Senior Leaving Certificate Examination (including Day School Certificate (Higher) General paper), 1950
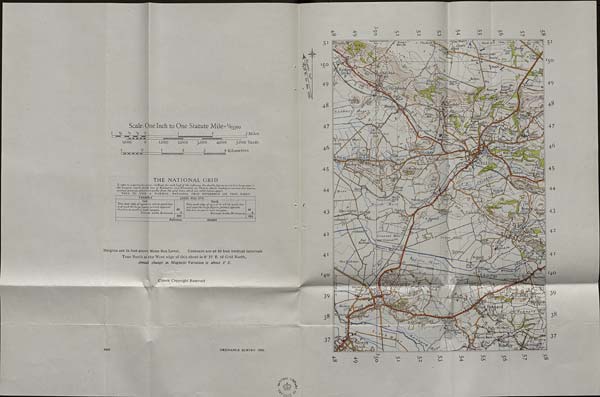
I
t
Scale: One Inch to One Statute Mile= V^eo
‘A V 4 0
i
2
3 Miles
^
—
i,ooo
o
1,000
2,000
3,000
4,000
3,000 Yards
1
0
I
2
3
4 Kilometres
I H M M H M
l—~
j
I
I
THE NATIONAL GRID
To refer to a particular pointf 1) Read for each half()f the reference the double figures printed in large type in
the margins, which denote tens of Kilometres and Kilometres. (2) Then,to obtain reading to nearest 100 metres,
estimate position of point in tenths from the grid lines, which are JOOO metres apart.
THUS TO GIVE A NORMAL 'NATIONAL GRID REFERENCE ON THIS SHEET.
EXAMPLE
East
Take west edge of square in which point lies
and read the largefigures printed opposite
this line on north or south margins.
Estimate tenths Eastwards
LODGE HILL STA.
49
499
North
Take south edge of square in which point lies
and read the largefigures printed opposite
this line on east or west margins.
Estimate tenths Northwards
48
484
Reference
499484
Heights are in feet above Mean Sea Level.
Contours are at 50 feet vertical intervals
True North at the West edge of this sheet is 0° 35' E. of Grid North,
Annual change in Magnetic Variation is about 8' E.
Crown Copyright Reserved
3438
ORDNANCE SURVEY 1950.
■4^
OO
CsO
CM
CM
CM
CM
Cm
4^
Cm
Cm
CM
CM
Cm
O
oc
'■ '4
t Water'.
5 1
nesrourj Deacon
‘^ong
S/oclt Hill •' •944
51
The Batchfi. InrtA
892
35arroto
ivtiHefir y,\
/ nrafcn u'
~ *vA
Iltpulj ‘s
:
' :Tower\\ (T "if-
; Hill
Lo—, .
nters Lodde
Green
dumul
I \ >
x JN,
* : r::& >
ffiimuli
«71
5°
4 o i
IS 3
855
Rodiiew
& l>
Stole
:
P
Qhimulus
(| 1 S
.• -■ Higher
\\V[
^
Plus F
864
'■ Maher
49
49
umuli ^
•75°
xlhf
TlLODG HILL STA.
48
Prior',
48
lEhbo
e s
is
ytc
£1 V ViX"
/ I Know!
; :;.j
^vm:; V W?
(Vi).. ! ' ^ )Shortwood... ' ' ' .ill- ; ' /'T
.Id
i - ' A
i c/ iNW X
: (S/
ilton
: Ah
Ford
WOOKEY STAytxfZ
Knowlevv''Moor
Hill
‘ 1 SjaL/i^^LHavbridgr*!*
t
.^Llnn ^ '
inMil T-
jL - / t^O"
sTiv
t°^rt
1 i.
Lem- v ^
mv. r/u
LLS
•S'
; SharcdmoAMi
Insi
45
s%.
Hay
/Si&teVL'f, //
''Jf
.BafllehuryV' ' -. Coxlev IS
coxtey
r3> wiA
4V /-■ ’
^®r®ro9i
Hum
44
*- - ■''f/fCastle
Wellesley
M o or
1 /(O
Coxli
Fenny Castle dfHi/l \V. fWe/shur
Moor*.
A-.
elsbi
V>
43
Polsh
Uflper Gadawl Gar&dt
43
WHmers
O
0 Launchefk
33:
ittster
fr^pKeenfirfl \
odneyP v
.4 ! N
fffowerCranriel Ff X
' t&Soutfi wa
rv^Batch
^4 At
A
ezns S edge Mvoor
42
\ t Crannel Maori
East A, . 'SdJppgrCrannelF 1 ? 1 H
Backw^ar%U
\
^
Hartlake
)Ba rf-g
1
wick FV
—1-\ JTinhdx, use
41
C' rn
/ !
4 1
lo
IVei/ Backwear
<S- . <
4/0 oT 3
o\x c
IVhTFehxke ^ White fake &
40
rindham
}l7riT'y^^&^P'J t TlC 1
A/o” *=* s! ’
' • « : ^ :
r 40
AV/h /nn v
' EST PE
Laurel \
iStree
j North
•|pN^^^Y§f?W^^A'3rtvood’/' A~
# V
css
r\ S-4-,
39
anor.F'A
39
U:\328
bScya :
.'Beokerv U,
ar
es
a'r-J'Wn 394 38
A 36
6-"
38
• 44
muoiyn. n
OSp:
( EiJqaHev
Hti
,__A<^^cmfcrs
5° Ziuti -. j.
Cow Br
'X 1 laoritcrs /*<iV ; A X-*" 5
/«aU
■
jWooJlanX^g,
Iffiatier Woodiand-
1
,'p^hQ)Uri Barh
37
\/ffytourt, 36a
*4’
37
»/ /m
.—•>
es
Plot
ee
> >' _ r\
4 i
rhro
me
»*%uStr
%
?<, Colleae
'X XlUhih
, : /''Sfl
oO
' kUH' dijc
Co
Cm
Cm
Cm
Cm
Cm
Cm
-L
Cm
Cm
Cm
CO
CM
os
Co
00
xO